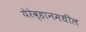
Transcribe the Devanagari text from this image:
येरेव्हानमधील